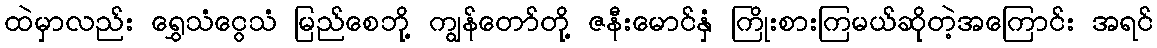
ထဲမှာလည်း ရွှေသံငွေသံ မြည်စေဘို့ ကျွန်တော်တို့ ဇနီးမောင်နှံ ကြိုးစားကြမယ်ဆိုတဲ့အကြောင်း အရင်